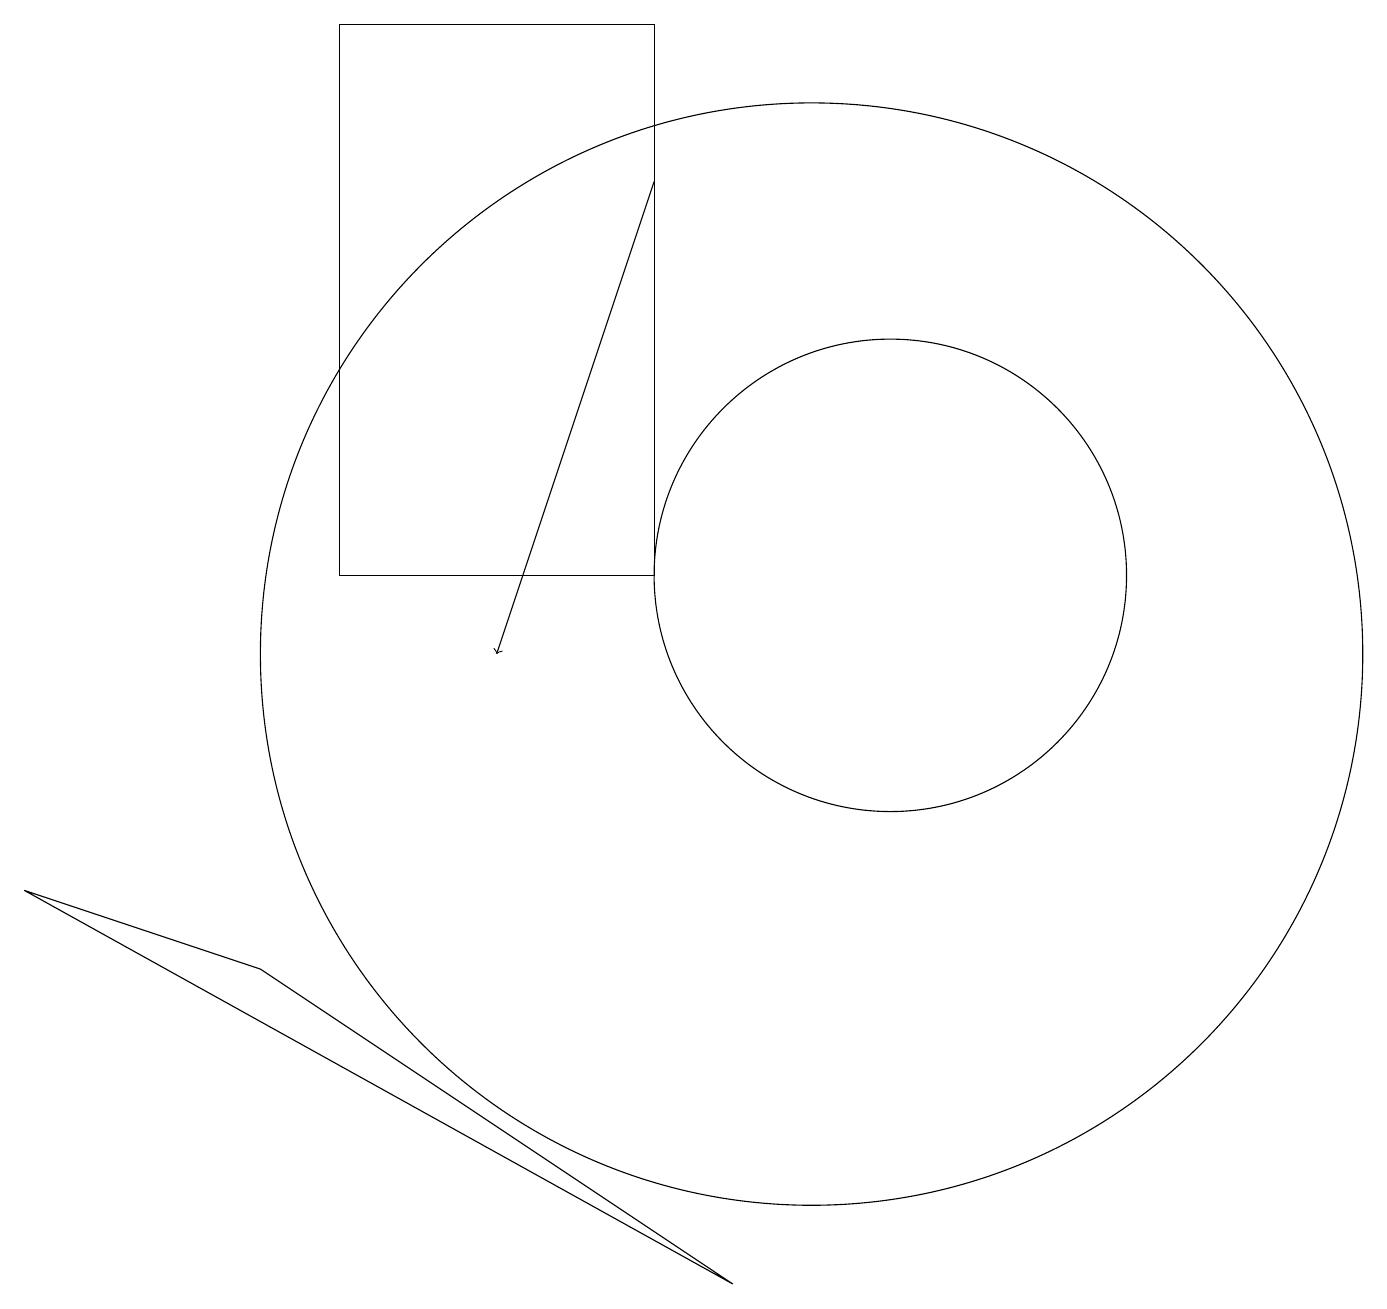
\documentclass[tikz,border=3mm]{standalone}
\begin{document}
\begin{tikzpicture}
\draw (10,10) circle (7);
\draw[->] (8,16) -- (6,10);
\draw (0,7) -- (9,2) -- (3,6) -- cycle;
\draw (8,11) rectangle (4,18);
\draw (11,11) circle (3);
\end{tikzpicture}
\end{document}